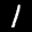
Digit: 1